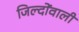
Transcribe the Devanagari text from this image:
जिल्दोंवाली